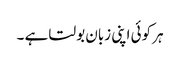
ہر کوئی اپنی زبان بولتا ہے ۔